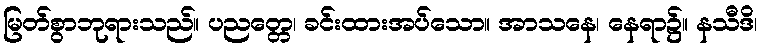
မြတ်စွာဘုရားသည်။ ပညတ္တေ၊ ခင်းထားအပ်သော။ အာသနေ၊ နေရာ၌။ နသီဒိ၊